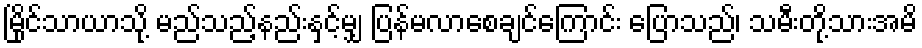
မြိုင်သာယာသို့ မည်သည့်နည်းနှင့်မျှ ပြန်မလာစေချင်ကြောင်း ပြောသည်၊ သမီးတို့သားအမိ